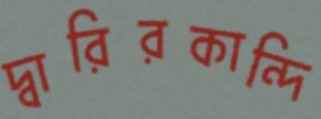
দ্বারিরকান্দি